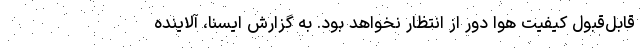
قابل‌قبول کیفیت هوا دور از انتظار نخواهد بود. به گزارش ایسنا، آلاینده